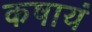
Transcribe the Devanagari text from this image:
कषायं